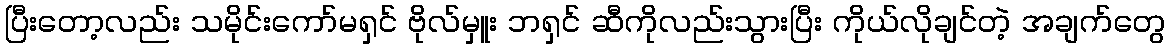
ပြီးတော့လည်း သမိုင်းကော်မရှင် ဗိုလ်မှူး ဘရှင် ဆီကိုလည်းသွားပြီး ကိုယ်လိုချင်တဲ့ အချက်တွေ